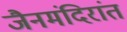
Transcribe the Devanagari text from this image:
जैनमंदिरांत